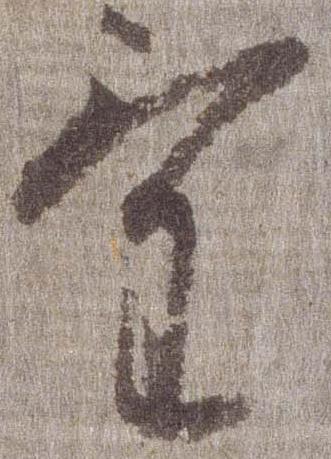
気